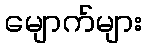
မျောက်များ